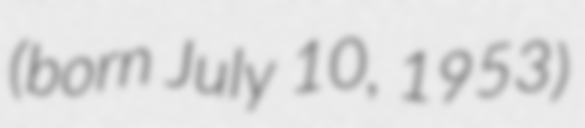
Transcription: (born July 10, 1953)